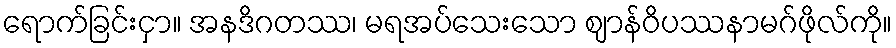
ရောက်ခြင်းငှာ။ အနဒိဂတဿ၊ မရအပ်သေးသော ဈာန်ဝိပဿနာမဂ်ဖိုလ်ကို။